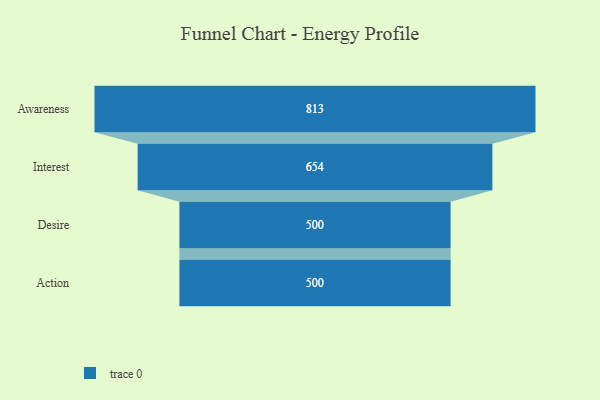
{"axis": {"x": "Stage", "y": "Value"}, "legend": [""], "data": [{"x": "Awareness", "y": 813.0, "type": ""}, {"x": "Interest", "y": 654.0, "type": ""}, {"x": "Desire", "y": 500, "type": ""}, {"x": "Action", "y": 500, "type": ""}]}